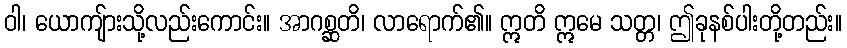
ဝါ၊ ယောကျ်ားသို့လည်းကောင်း။ အာဂစ္ဆတိ၊ လာရောက်၏။ ဣတိ ဣမေ သတ္တ၊ ဤခုနစ်ပါးတို့တည်း။